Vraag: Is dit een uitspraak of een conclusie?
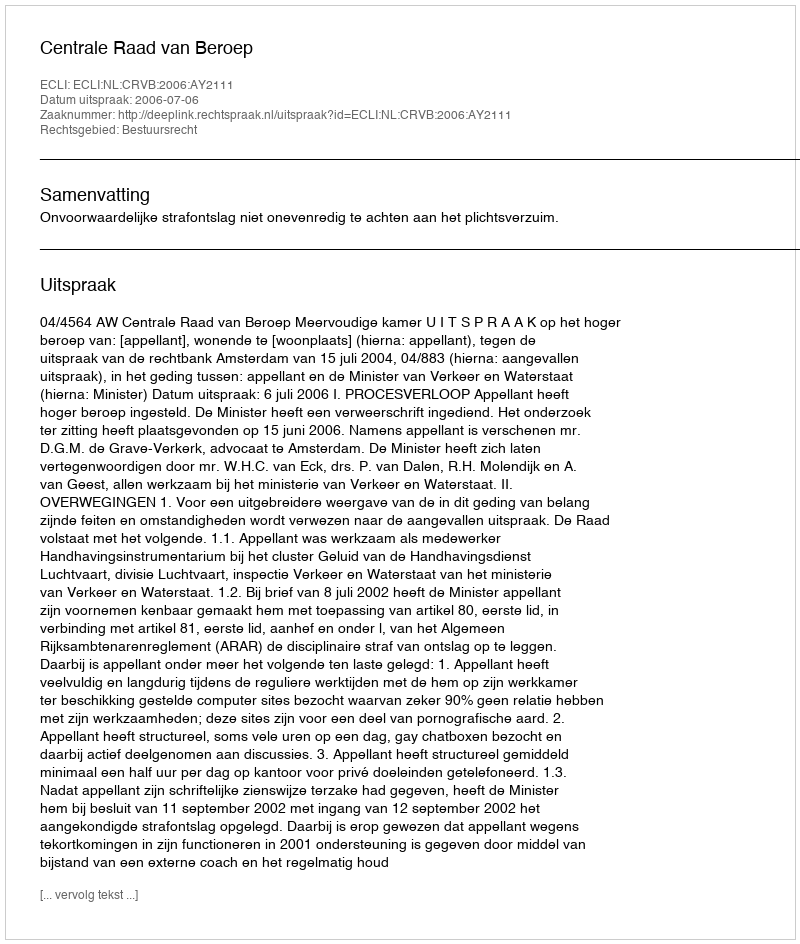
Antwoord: Uitspraak